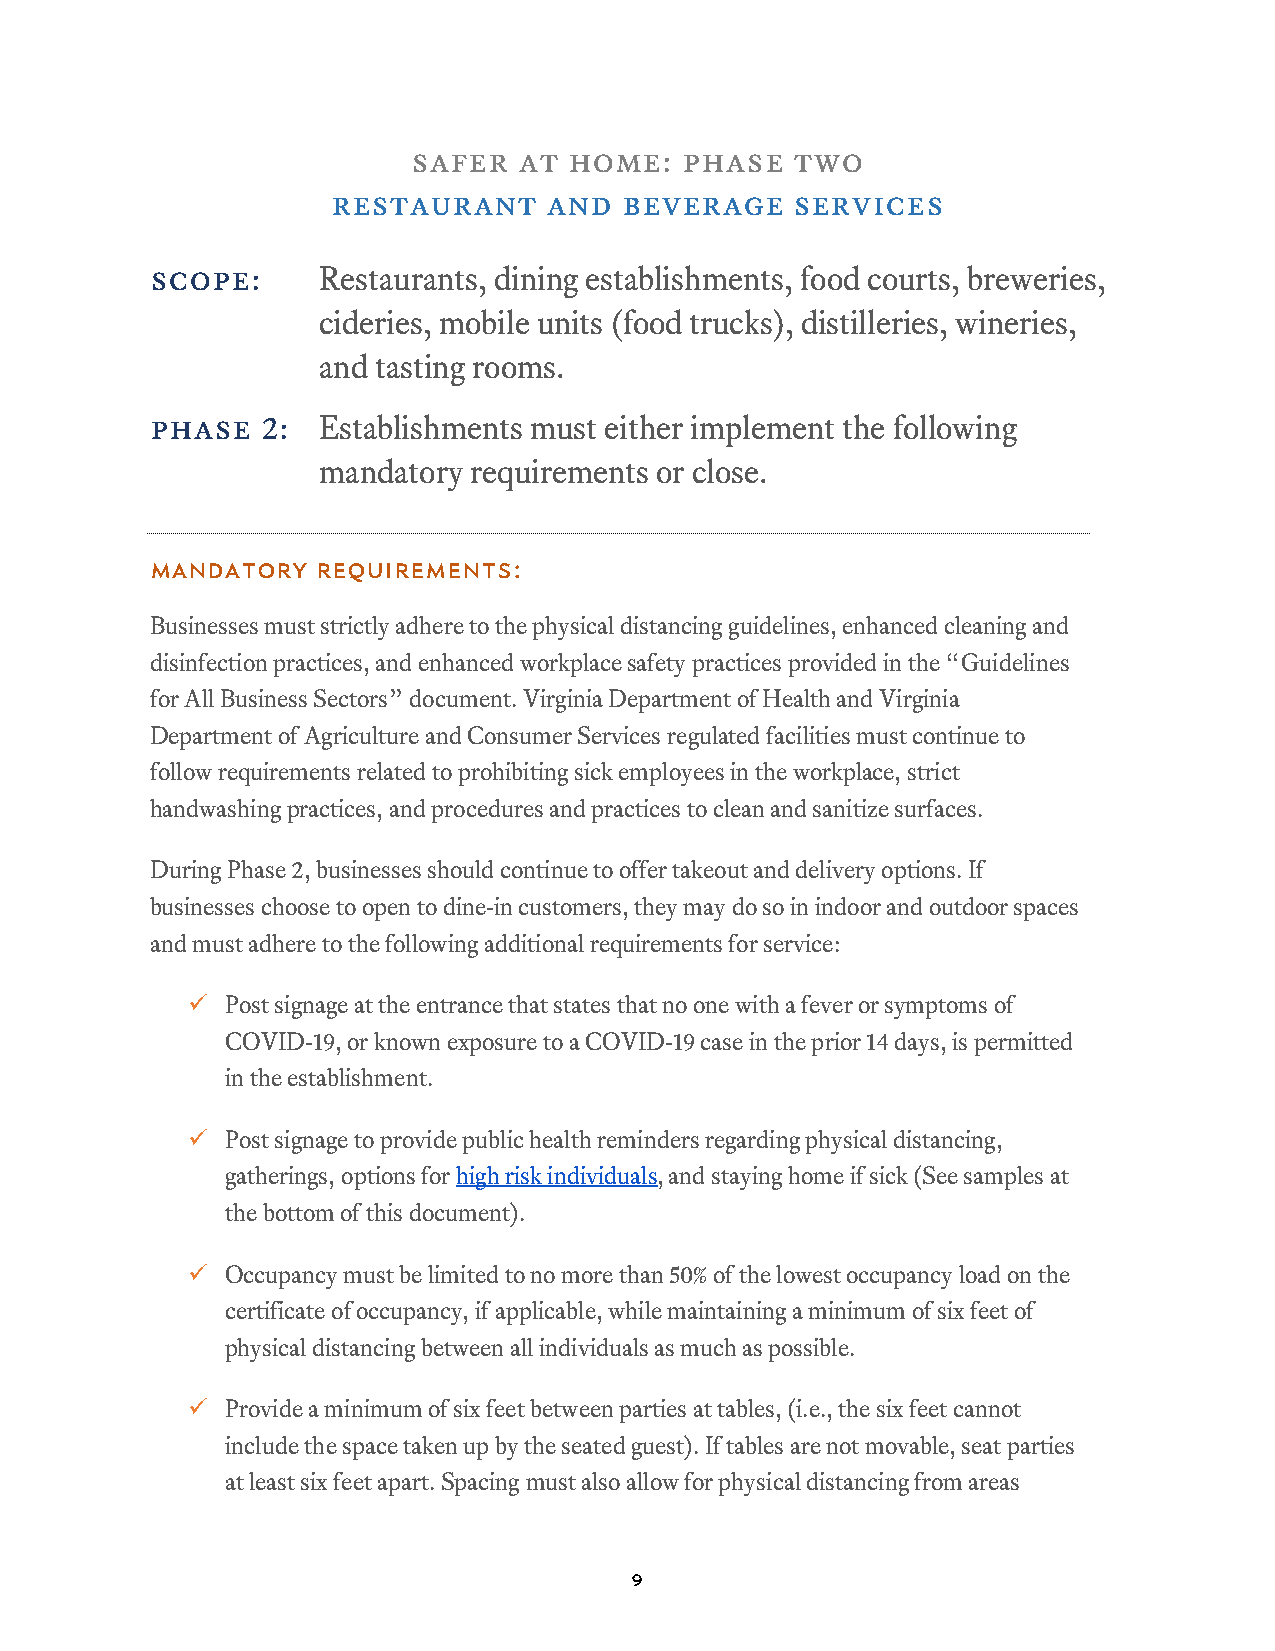
safer  at  home:  phase   two
 restaurant    and  beverage    services
 scope:     Restaurants, dining establishments, food courts, breweries,
 cideries, mobile units (food trucks), distilleries, wineries,
 and tasting rooms.
 phase  2:  Establishments must either implement the following
 mandatory requirements or close.
 Mandatory  Requirements:
 Businesses must strictly adhere to the physical distancing guidelines, enhanced cleaning and
 disinfection practices, and enhanced workplace safety practices provided in the “Guidelines
 for All Business Sectors” document. Virginia Department of Health and Virginia
 Department of Agriculture and Consumer Services regulated facilities must continue to
 follow requirements related to prohibiting sick employees in the workplace, strict
 handwashing practices, and procedures and practices to clean and sanitize surfaces.
 During Phase 2, businesses should continue to offer takeout and delivery options. If
 businesses choose to open to dine-in customers, they may do so in indoor and outdoor spaces
 and must adhere to the following additional requirements for service:
   Post signage at the entrance that states that no one with a fever or symptoms of
 COVID-19, or known exposure to a COVID-19 case in the prior 14 days, is permitted
 in the establishment.
   Post signage to provide public health reminders regarding physical distancing,
 gatherings, options for high risk individuals, and staying home if sick (See samples at
 the bottom of this document).
   Occupancy must be limited to no more than 50% of the lowest occupancy load on the
 certificate of occupancy, if applicable, while maintaining a minimum of six feet of
 physical distancing between all individuals as much as possible.
   Provide a minimum of six feet between parties at tables, (i.e., the six feet cannot
 include the space taken up by the seated guest). If tables are not movable, seat parties
 at least six feet apart. Spacing must also allow for physical distancing from areas
 9